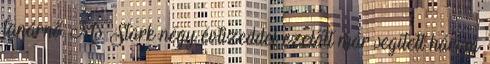
tanárnő. Ms. Stark négy évtizeddel ezelőtt már segített három